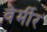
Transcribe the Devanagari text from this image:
वेर्मीर